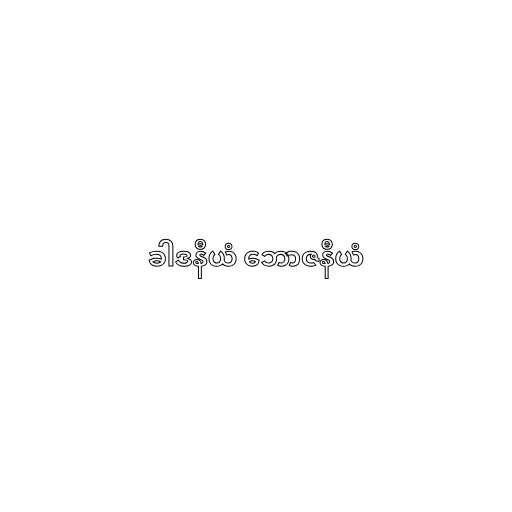
ခါဒနီယံ ဘောဇနီယံ